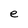
Character: e